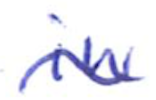
Text: in
Cross-out: mix
Writing tool: ballpoint